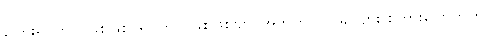
ကြေးရုပ်တုပဲ ဖြစ်ဖြစ်၊ ရုပ်တုပဲ ဖြစ်ဖြစ်ဗျာ၊ အတူတူပါပဲ၊ ခင်ဗျား စကားပြောကိုက